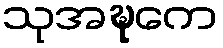
သုအဍ္ဎကေ